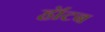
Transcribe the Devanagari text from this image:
हॉटब